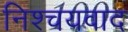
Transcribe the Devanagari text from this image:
निश्चयवाद